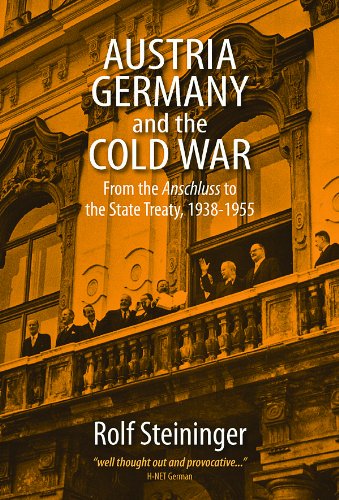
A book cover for Austria, Germany and the Cold War: From the Anschluss to the State Treaty 1938Ã»1955; Rolf Steininger; Travel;